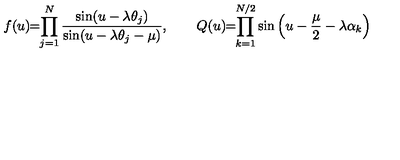
f ( u ) \! \! = \! \! \prod _ { j = 1 } ^ { N } \frac { \sin ( u - \lambda \theta _ { j } ) } { \sin ( u - \lambda \theta _ { j } - \mu ) } , \qquad Q ( u ) \! \! = \! \! \prod _ { k = 1 } ^ { N / 2 } \sin \left( u - \frac { \mu } { 2 } - \lambda \alpha _ { k } \right)